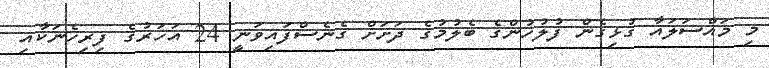
މި މައްސަލައާ ގުޅިގެން ފުލުހުންގެ ބެލުމުގެ ދަށަށް ގެނެސްފައިވަނީ 24 އަހަރުގެ ފިރިހެނަކާއި